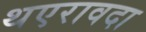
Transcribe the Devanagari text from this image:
थएरावदा